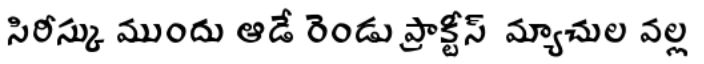
సిరీస్కు ముందు ఆడే రెండు ప్రాక్టీస్ మ్యాచుల వల్ల